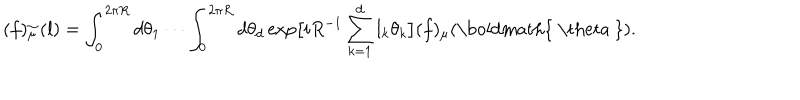
( f ) _ { \mu } ^ { \sim } ( { \bf l } ) = \int _ { 0 } ^ { 2 \pi R } d \theta _ { 1 } \cdots \int _ { 0 } ^ { 2 \pi R } d \theta _ { d } \exp \bigl [ i R ^ { - 1 } \sum _ { k = 1 } ^ { d } l _ { k } \theta _ { k } \bigr ] ( f ) _ { \mu } ( \mathrm { \boldmath { ~ \ t h e t a ~ } } ) .